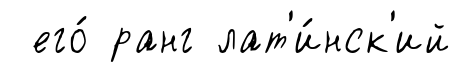
его́ ранг лат'и́нск'ий